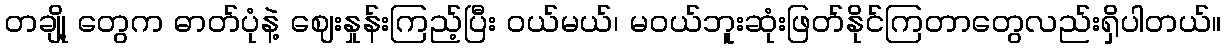
တချို့ တွေက ဓာတ်ပုံနဲ့ ဈေးနှုန်းကြည့်ပြီး ဝယ်မယ်၊ မဝယ်ဘူးဆုံးဖြတ်နိုင်ကြတာတွေလည်းရှိပါတယ်။